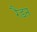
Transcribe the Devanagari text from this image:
रैडन